Supplement to the account of plague administration in the Bombay Presidency from September 1896 till May 1897
Year: 1896
Disease focus: Plague
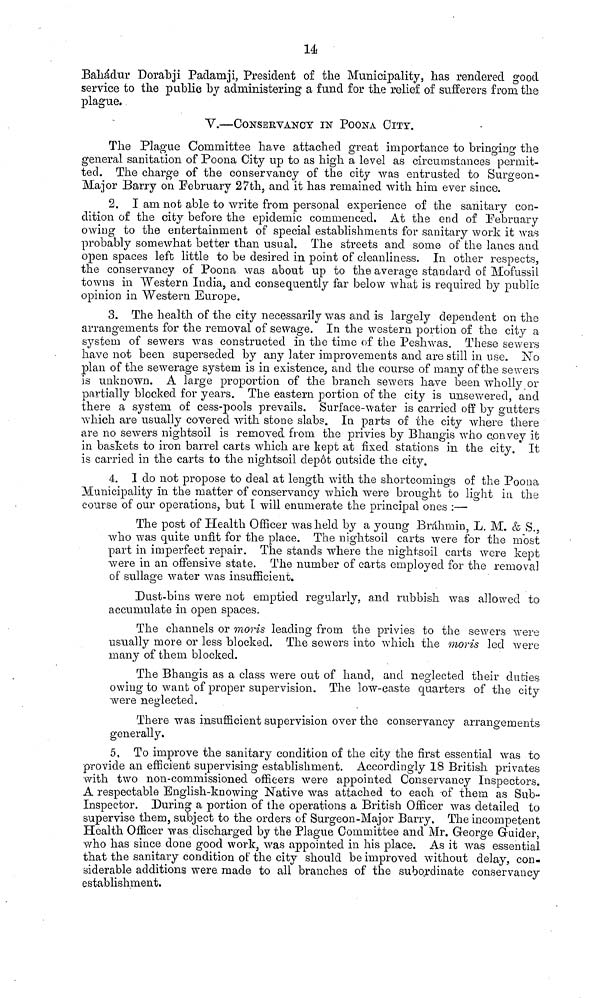
14
Bahádur Dorabji Padamji, President of the Municipality, has rendered good
service to the public by administering a fund for the relief of sufferers from the
plague.
V.—CONSERVANCY IN POONA CITY.
The Plague Committee have attached great importance to bringing the
general sanitation of Poona City up to as high a level as circumstances permit-
ted. The charge of the conservancy of the city was entrusted to Surgeon-
Major Barry on February 27th, and it has remained with him ever since.
2. I am not able to write from personal experience of the sanitary con-
dition of the city before the epidemic commenced. At the end of February
owing to the entertainment of special establishments for sanitary work it was
probably somewhat better than usual. The streets and some of the lanes and
open spaces left little to be desired in point of cleanliness. In other respects,
the conservancy of Poona was about up to the average standard of Mofussil
towns in Western India, and consequently far below what is required by public
opinion in Western Europe.
3. The health of the city necessarily was and is largely dependent on the
arrangements for the removal of sewage. In the western portion of the city a
system of sewers was constructed in the time of the Peshwas. These sewers
have not been superseded by any later improvements and are still in use. No
plan of the sewerage system is in existence, and the course of many of the sewers
is unknown. A large proportion of the branch sewers have been wholly or
partially blocked for years. The eastern portion of the city is unsewered, and
there a system of cess-pools prevails. Surface-water is carried off by gutters
which are usually covered with stone slabs. In parts of the city where there
are no sewers nightsoil is removed from the privies by Bhangis who convey it
in baskets to iron barrel carts which are kept at fixed stations in the city. It
is carried in the carts to the nightsoil depot outside the city.
4. I do not propose to deal at length with the shortcomings of the Poona
Municipality in the matter of conservancy which were brought to light in the
course of our operations, but I will enumerate the principal ones :—
The post of Health Officer was held by a young Brahmin, L. M. & S.,
who was quite unfit for the place. The nightsoil carts were for the most
part in imperfect repair. The stands where the nightsoil carts were kept
were in an offensive state. The number of carts employed for the removal
of sullage water was insufficient.
Dust-bins were not emptied regularly, and rubbish was allowed to
accumulate in open spaces.
The channels or moris leading from the privies to the sewers were
usually more or less blocked. The sewers into which the moris led were
many of them blocked.
The Bhangis as a class were out of hand, and neglected their duties
owing to want of proper supervision. The low-caste quarters of the city
were neglected.
There was insufficient supervision over the conservancy arrangements
generally.
5. To improve the sanitary condition of the city the first essential was to
provide an efficient supervising establishment. Accordingly 18 British privates
with two non-commissioned officers were appointed Conservancy Inspectors.
A respectable English-knowing Native was attached to each -of them as Sub-
Inspector. During a portion of the operations a British Officer was detailed to
supervise them, subject to the orders of Surgeon-Major Barry. The incompetent
Health Officer was discharged by the Plague Committee and Mr. George Guider,
who has since done good work, was appointed in his place. As it was essential
that the sanitary condition of the city should be improved without delay, con.
siderable additions were made to all branches of the subordinate conservancy
establishment.